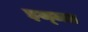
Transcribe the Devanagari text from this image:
इज्‍जत